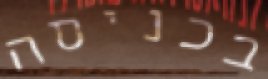
בכניסה